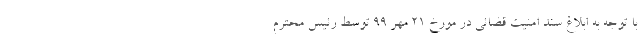
با توجه به ابلاغ سند امنیت قضائی در مورخ 21 مهر 99 توسط رئیس محترم